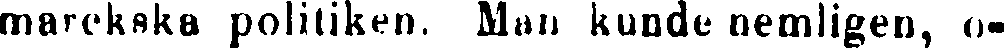
marckska politiken. Man kunde nemligen, o-